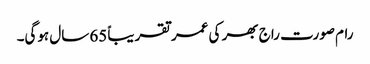
رام صورت راج بھر کی عمر تقریباً 65 سال ہوگی۔